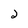
Character: 2